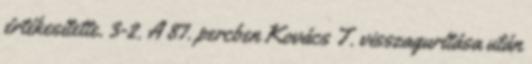
értékesítette. 3-2. A 87. percben Kovács T. visszagurítása után